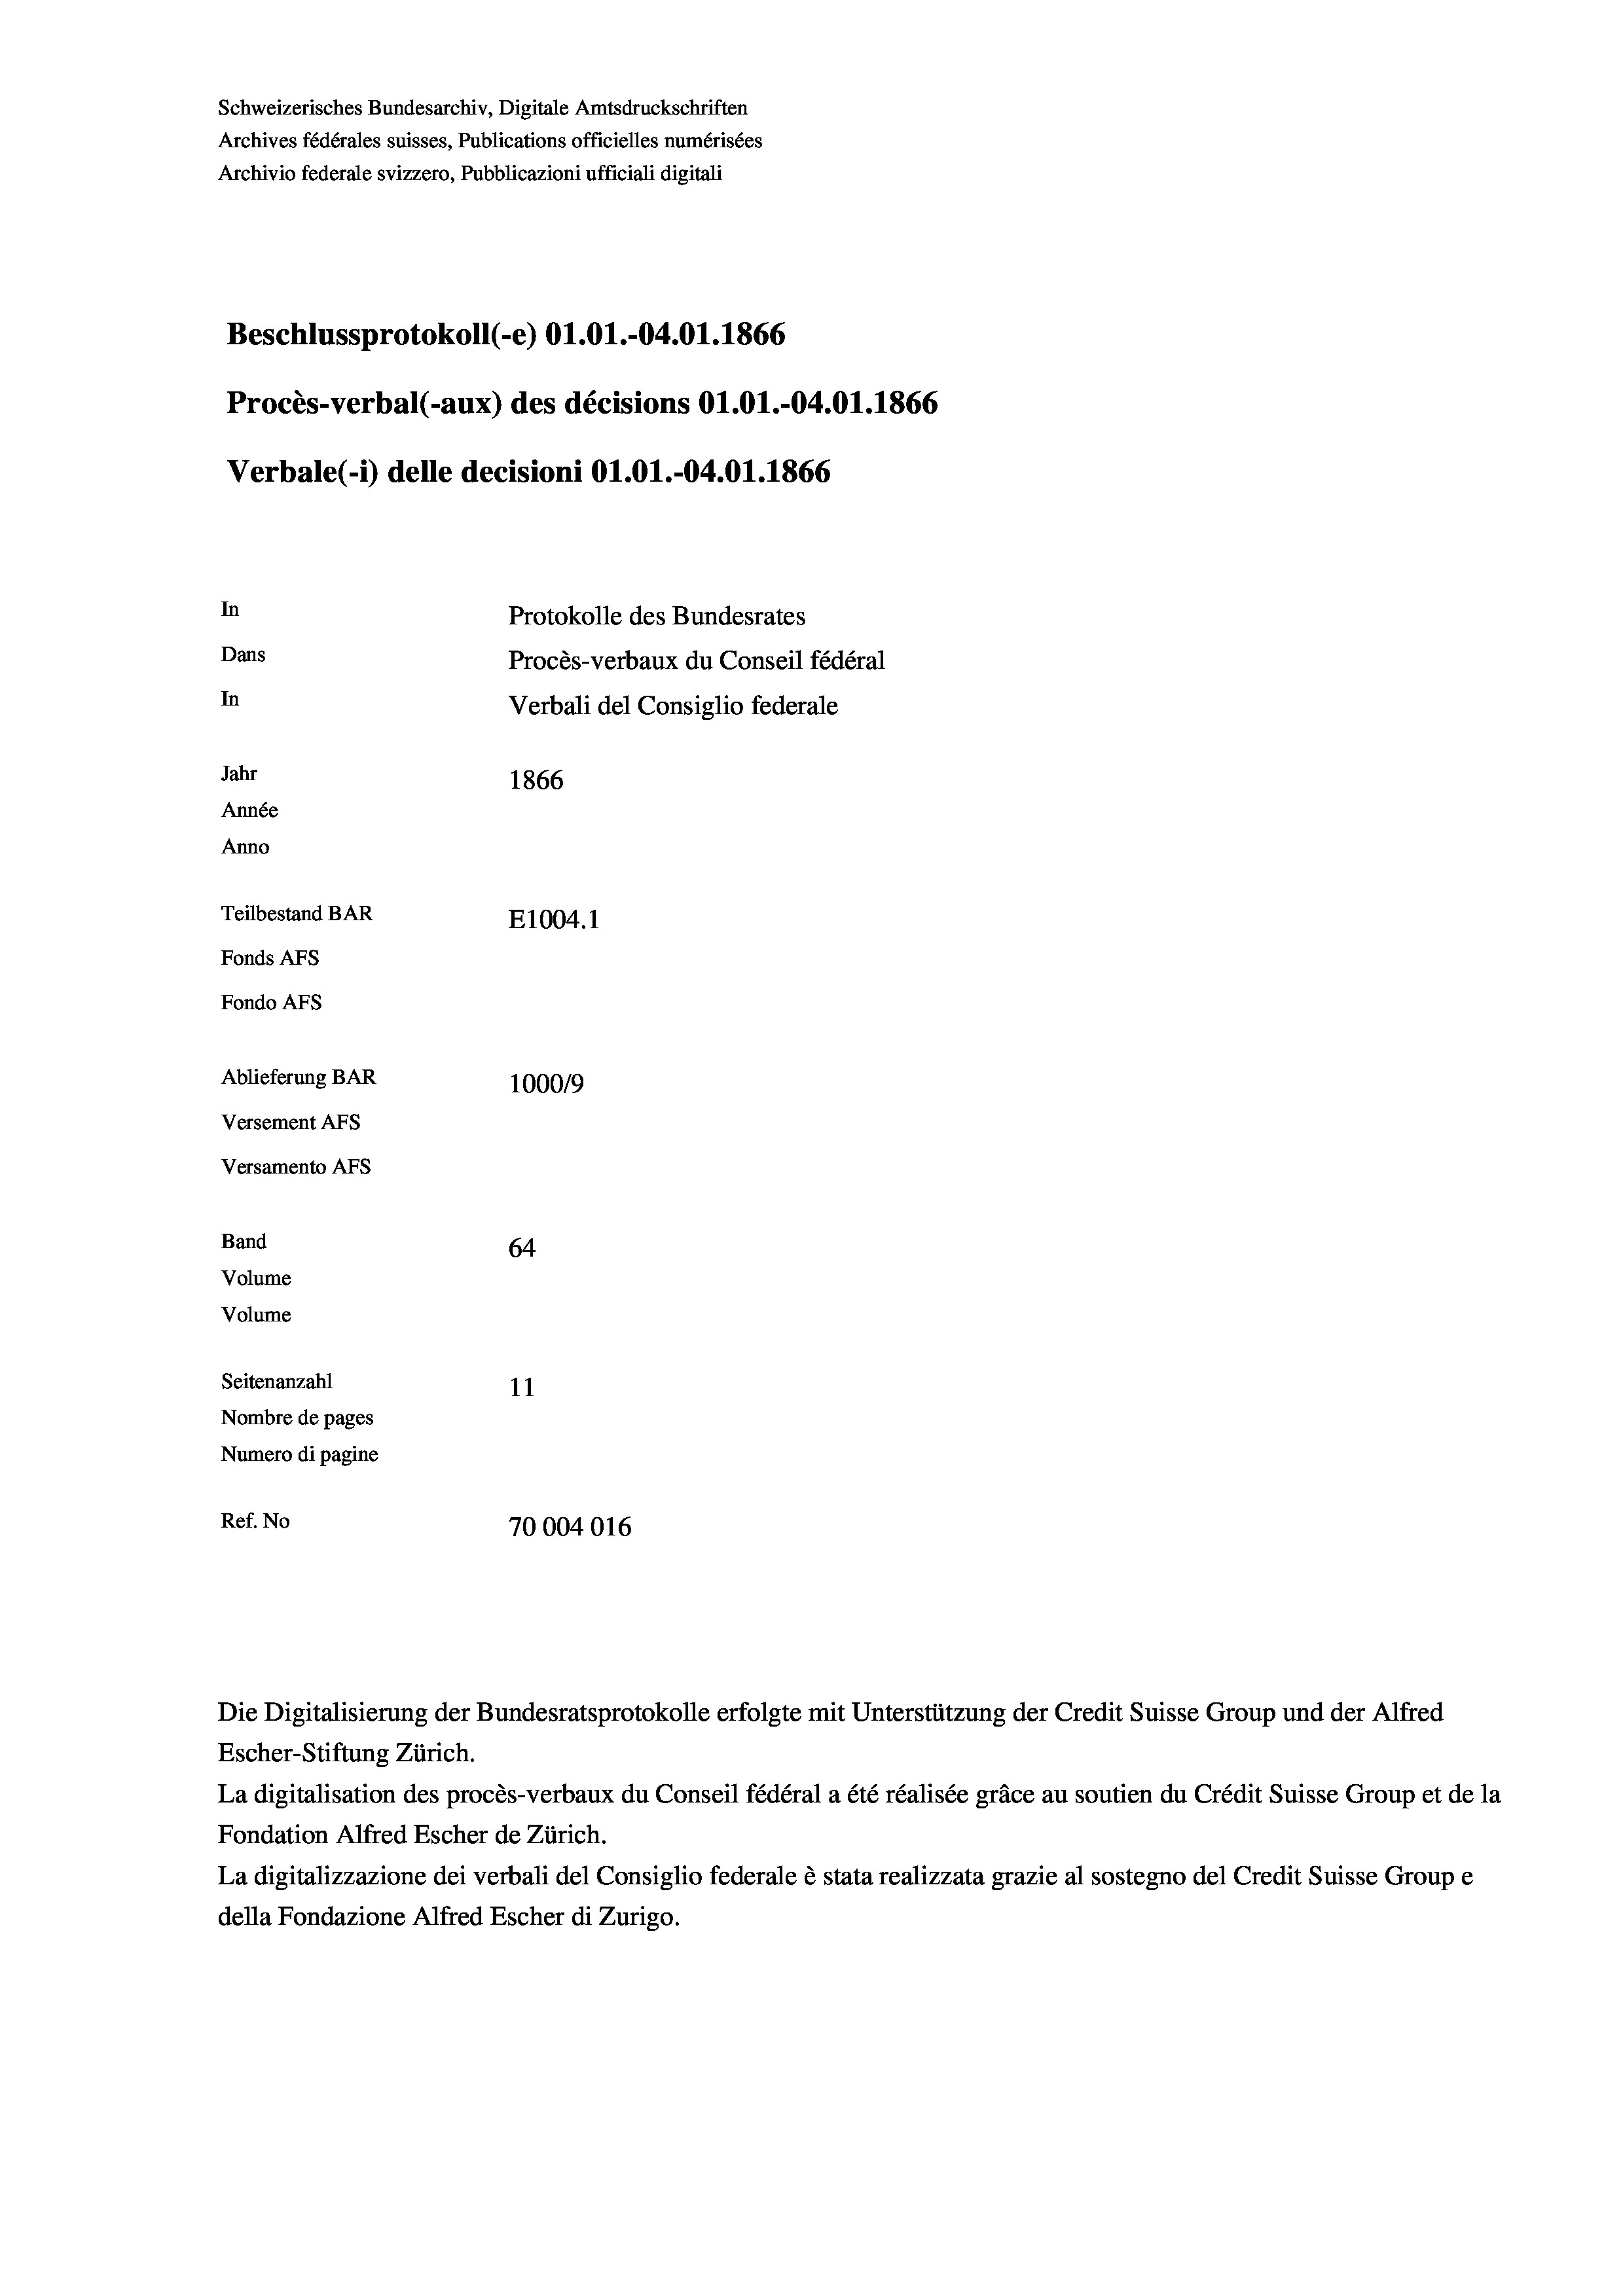
Schweizerisches Bundesarchiv, Digitale Amtsdruckschriften
Archives fédérales suisses, Publications officielles numérisées
Archivio federale svizzero, Pubblicazioni ufficiali digitali
Beschlussprotokoll (-e) O1.01.-04.01. 1866
Procès-verbal (-aux) des décisions 01.01.-04.01.1866
Verbale (i) delle decisioni O1.01.-04.01.1866
In
Protokolle des Bundesrates
Dans
Procès-verbaux du Conseil fédéral
In
Verbali del Consiglio federale
Jahr
1866
Année
Anno
Teilbestand BAR
E1004.1
Fonds AFs
Fondo Afs
Ablieferung BAR
100019
Versement AFs
Versamento Afs

64
Seitenanzahl
11
Nombre de pages
Numero di pagine
Ref. No
70004016

Band

Volume
Volume

Escher-Stiftung Zürich.
La digitalisation des procès-verbaux du Conseil fédéral a été réalisée gräce au soutien du Crédit Suisse Group et de la
Fondation Alfred Escher de Zürich.
La digitalizzazione dei verbali del Consiglio federale è stata realizzata grazie al sostegno del Credit Suisse Groupe
della Fondazione Alfred Escher di Zurigo.

Die Digitalisierung der Bundesratsprotokolle erfolgte mit Unterstützung der Credit Suisse Group und der Alfred